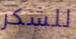
للشكر